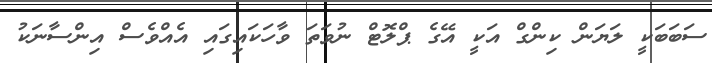
ސަބަބަކީ ލަޔަން ކިންގް އަކީ އޭގެ ޕްލޮޓް ނުވަތަ ވާހަކައިގައި އެއްވެސް އިންސާނަކު